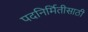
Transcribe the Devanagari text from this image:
पदनिर्मितीसाठी